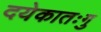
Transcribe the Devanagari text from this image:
दयेकातःगु